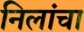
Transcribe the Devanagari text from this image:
निलांचा